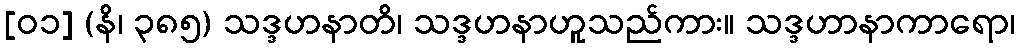
[၀၁] (နိ၊ ၃၈၅) သဒ္ဒဟနာတိ၊ သဒ္ဒဟနာဟူသည်ကား။ သဒ္ဒဟာနာကာရော၊